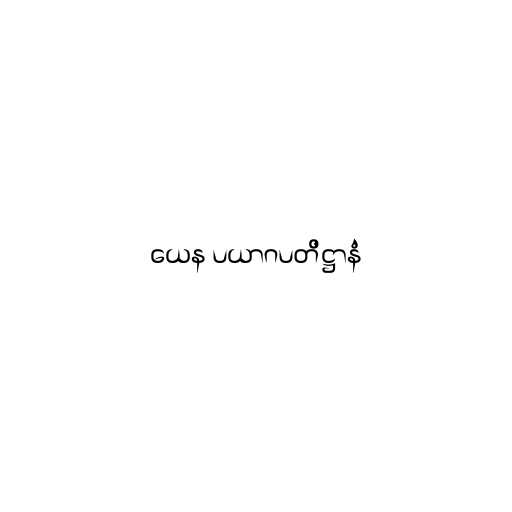
ယေန ပယာဂပတိဋ္ဌာနံ